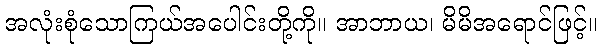
အလုံးစုံသောကြယ်အပေါင်းတို့ကို။ အာဘာယ၊ မိမိအရောင်ဖြင့်။